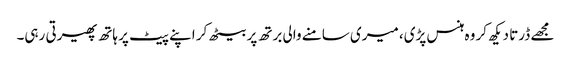
مجھے ڈرتا دیکھ کر وہ ہنس پڑی، میری سامنے والی برتھ پر بیٹھ کر اپنے پیٹ پر ہاتھ پھیرتی رہی۔